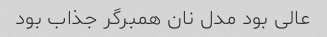
عالی بود مدل نان همبرگر جذاب بود